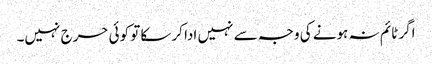
اگر ٹائم نہ ہونے کی وجہ سے نہیں ادا کرسکا تو کوئی حرج نہیں۔